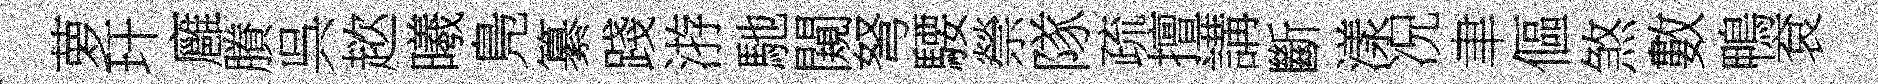
萝玕廱賸呉趑曦鳬纂踐㳺馳闚弩騕禜隊疏擅講斷漾况聿傴煞數鴨袞